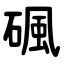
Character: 碸